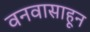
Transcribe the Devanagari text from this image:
वनवासाहून